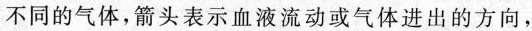
不同的气体，箭头表示血液流动或气体进出的方向，